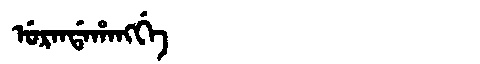
Manchu: ᡠᡵᠠᠨᡩᠠᡥᠠᠩᡤᡝ
Romanization: URANDAHANGGE